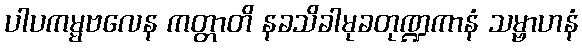
ပါပကမ္မဗလေန ကတ္တာတိ နခသိခါမုခတုဏ္ဍကာနံ သမ္ဗာဟနံ